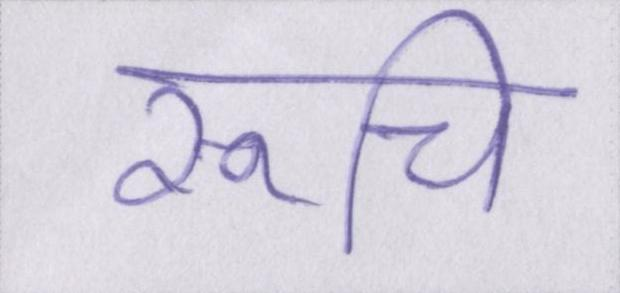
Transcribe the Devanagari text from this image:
रूचि